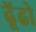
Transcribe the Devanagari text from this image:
ढूॅढो